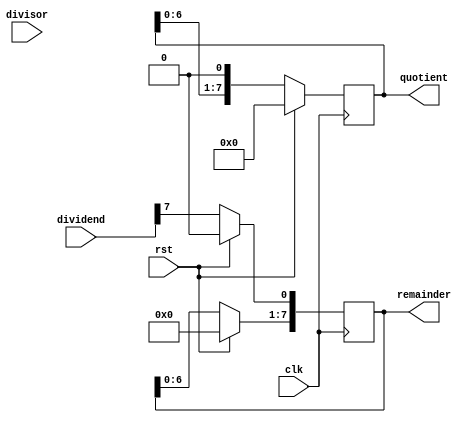
module radix2_srt_divider (
    input wire clk,
    input wire rst,
    input wire [7:0] dividend,
    input wire [7:0] divisor,
    output reg [7:0] quotient,
    output reg [7:0] remainder
);

reg [7:0] current_remainder;
reg [7:0] current_quotient;
reg [7:0] current_divisor;

always @(posedge clk) begin
    if (rst) begin
        current_remainder <= 0;
        current_quotient <= 0;
        current_divisor <= divisor;
    end else begin
        if (current_remainder >= current_divisor) begin
            current_remainder <= current_remainder - current_divisor;
            current_quotient <= current_quotient + 1;
        end
        current_remainder <= current_remainder << 1;
        current_remainder[0] <= dividend[7];
        current_quotient <= current_quotient << 1;
    end
end

assign quotient = current_quotient;
assign remainder = current_remainder;

endmodule